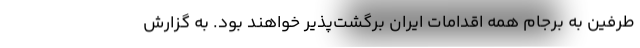
طرفین به برجام همه اقدامات ایران برگشت‌پذیر خواهند بود. به گزارش